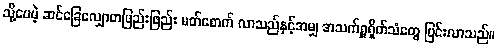
သို့ပေမဲ့ ဆင်ခြေလျှောတဖြည်းဖြည်း မတ်စောက် လာသည်နှင့်အမျှ အသက်ရှူရှိက်သံတွေ ပြင်းလာသည်။